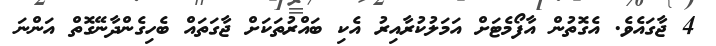
4 ޖާގައެވެ. އެގޮތުން އާފޯމެޓަށް އަމަލުކުރާއިރު އެކި ބައްރުތަކަށް ޖާގަތައް ބެހިގެންދާނޭގޮތް އަންނަ